Indian journal of veterinary science and animal husbandry - Volume 4,
Year: 1934
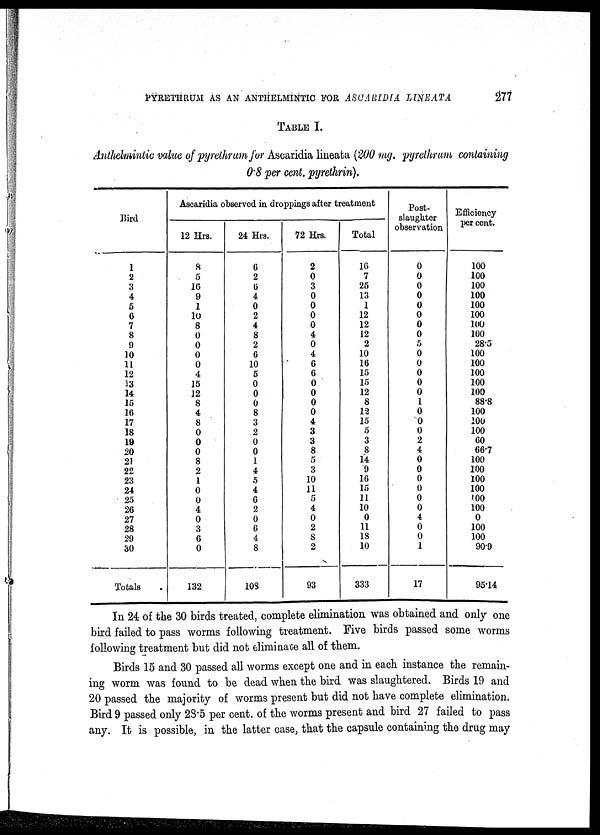
PYRETHRUM AS AN ANTHELMINTIC FOR ASCARIDIA LINEATA
277
TABLE I.
Anthelmintic value of pyrethrum for Ascaridia lineata (200 mg. pyrethrum containing
0.8 per cent. pyrethrin).
Bird
1
2
3
4
5
0
7
8
9
10
11
12
13
14
15
16
17
18
19
20
21
22
23
24
25
26
27
28
29
30
Totals
Ascaridia observed in droppings after treatment
12 Hrs.
8
5
16
9
1
10
8
0
0
0
0
4
15
12
8
4
8
0
0
0
8
2
1
0
0
4
0
3
6
0
132
24 Hrs.
6
2
6
4
0
2
4
8
2
6
10
5
0
0
0
8
3
2
0
0
1
4
5
4
6
2
0
6
4
8
108
72 Hrs.
2
0
3
0
0
0
0
4
0
4
6
6
0
0
0
0
4
3
3
8
5
3
10
11
5
4
0
2
8
2
93
Total
16
7
25
13
1
12
12
12
2
10
16
15
15
12
8
12
15
5
3
8
14
9
16
15
11
10
0
11
18
10
333
Post¬
slaughter
observation
0
0
0
0
0
0
0
0
5
0
0
0
0
0
1
0
0
0
2
4
0
0
0
0
0
0
4
0
0
1
17
Efficiency
per cent.
100
100
100
100
100
100
100
100
28.5
100
100
100
100
100
88.8
100
100
100
60
66.7
100
100
100
100
100
100
0
100
100
90.9
95.14
In 24 of the 30 birds treated, complete elimination was obtained and only one
bird failed to pass worms following treatment. Five birds passed some worms
following treatment but did not eliminate all of them.
Birds 15 and 30 passed all worms except one and in each instance the remain-
ing worm was found to be dead when the bird was slaughtered. Birds 19 and
20 passed the majority of worms present but did not have complete elimination.
Bird 9 passed only 28.5 per cent. of the worms present and bird 27 failed to pass
any. It is possible, in the latter case, that the capsule containing the drug may